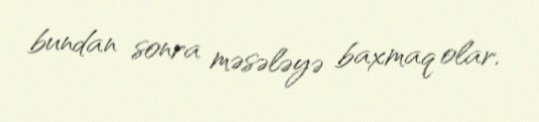
bundan sonra məsələyə baxmaq olar.